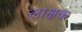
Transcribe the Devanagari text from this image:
लाक्षक